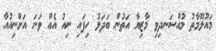
މައުލޫމާތު މުއްސަނދިވި މާޒިޔާ އަތުން ބަދަލު ހިފައި ނިއު އެއް ވަނަ އަށްނިއުއާ